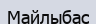
Майлыбас